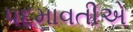
પદમાવતીએ